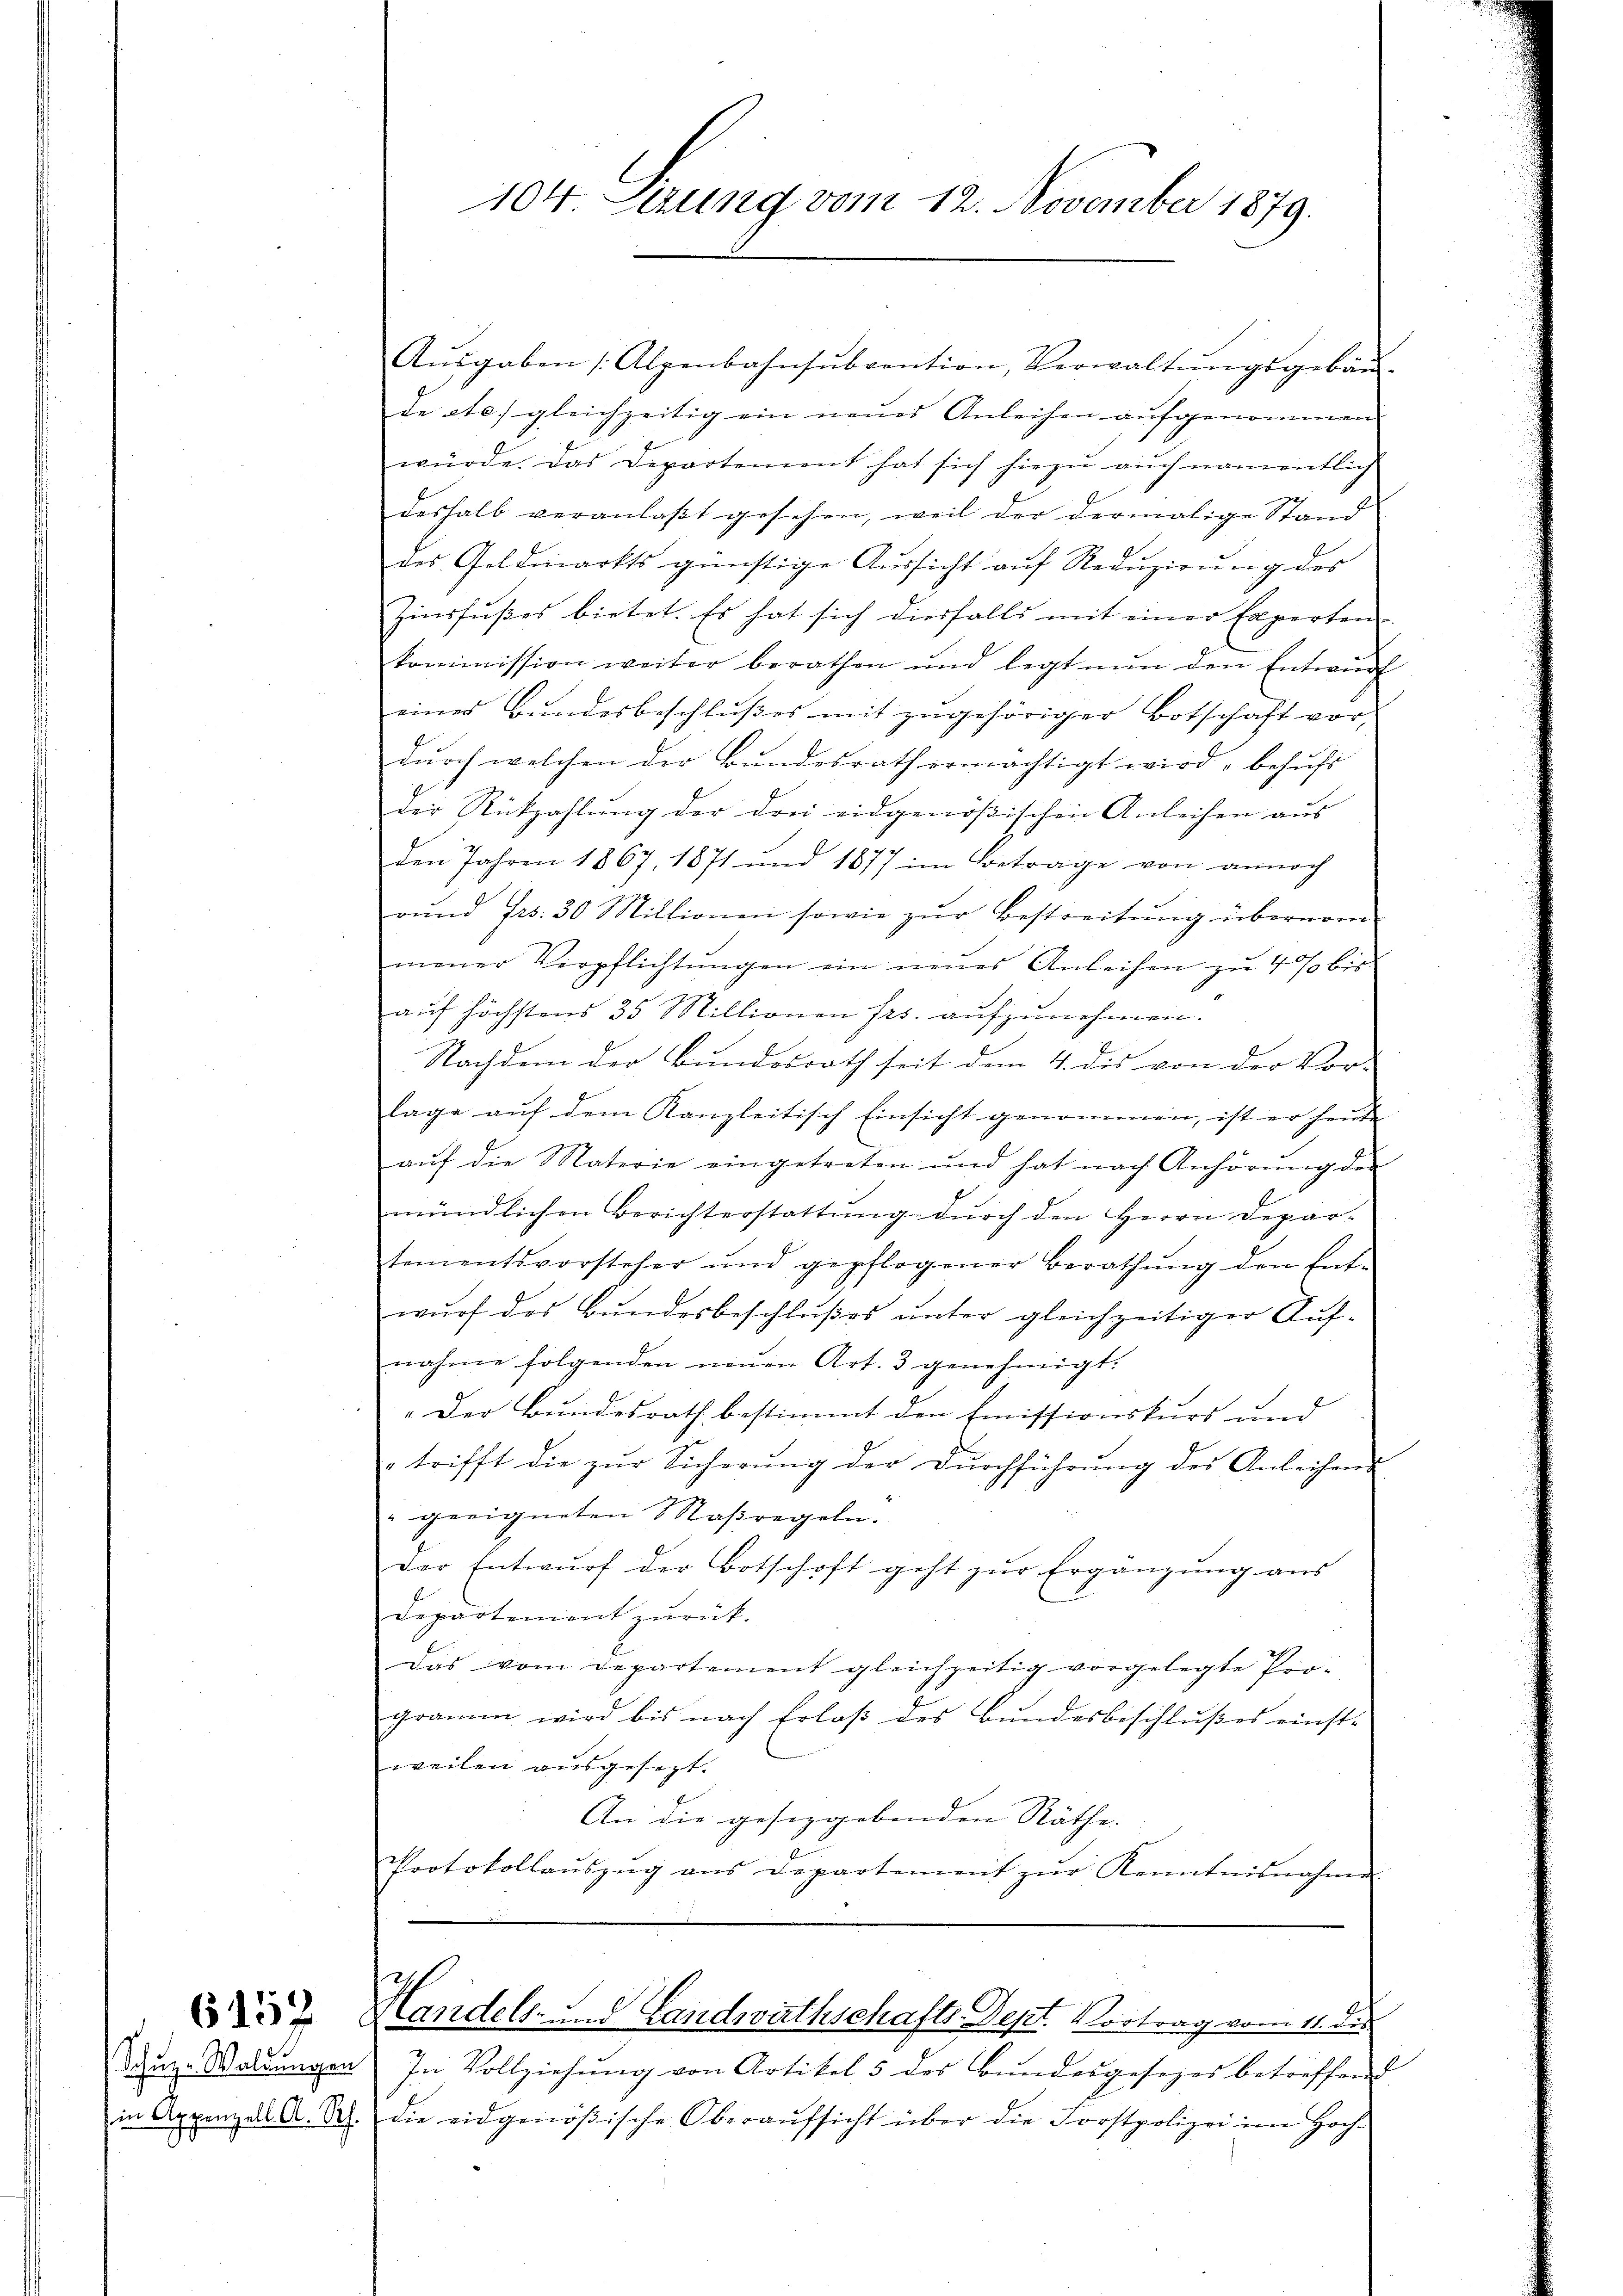
6152

104. Verung vom 12. November 1879.

Aŭsgaben (Alpenbahnsŭbvention, Verwaltŭngsgebäu-
de ste) gleichzeitig ein neues Anleihen aufgenommen.
würde. Das Departement hat sich hiezŭ aŭch namentlich
deshalb veranlaβt gesehen, weil der dermalige Stand
des Geldmarkts günstige Aŭssicht aŭf Redŭzirŭng des
Zinsfŭβes bietet. Es hat sich diesfalls mit einer Experten
kommission weiter berathen und legt nŭn den Entwŭrf
eines Bundesbeschlußes mit zugehöriger Botschaft vor,
dŭrch welchen der Bŭndesrath ermächtigt wird, behŭfs
der Rückzahlŭng der drei eidgenößischen Anleihen aus
den Jahren 1867, 1871 und 1877 im Betrage von annoch
rŭnd Frs. 30 Millionen sowie zŭr Bestreitŭng übernom-
mener Verpflichtŭngen ein neues Anleisen zŭ 4 % bis
auf höchstens 35 Millionen frs. aufzunehmen.
Nachdem der Bundesrath seit dem 4. dis von der Vor-
lage auf dem Kanzleitisch Einsicht genommen, ist er heute
aŭf die Materie eingetreten und hat nach Anhörŭng der
mündlichen Berichterstattŭng dŭrch den Herrn Depar-
tementsvorsteher und gepflogener Berathŭng den Ent-
wurf des Bundesbeschlußes unter gleichzeitiger Auf-
nahme folgenden neŭen Art. 3 genehmigt.
„Der Bundesrath bestimmt den Emissionskurs und
trifft die zŭr Sicherŭng der Dŭrchführŭng des Anleihens
geeigneten Saßregeln.
der Entwŭrf der Botschaft geht zŭr Ergänzŭng aus
Departement zurück.
das vom Departement gleichzeitig vorgelegte Pro-
gramm wird bis nach Erlaβ des Bŭndesbeschlußes einste
weilen ausgesezt.
An die gesezgebenden Räthe:
Protokollaŭszŭg ans Departement zŭr Kenntnisnahme.
l
Handels- und Landwirthschafts-Dept. Vortrag vom 11. De
Zŭz. Waldungen In Vollziehŭng von Artikel 5 des Bŭndesgesezes betreffend
in Appenzell A. R. die eidgenößische Oberaŭfsicht über die Forstpolizei im Hoch-